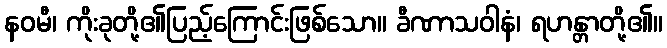
နဝမီ၊ ကိုးခုတို့၏ပြည့်ကြောင်းဖြစ်သော။ ခီဏာသဝါနံ၊ ရဟန္တာတို့၏။